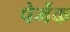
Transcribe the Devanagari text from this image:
पेर्मेक